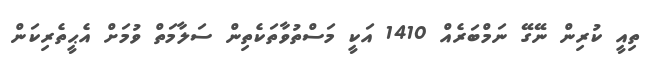
ތިއީ ކުރިން ނޭގޭ ނަމްބަރެއް 1410 އަކީ މަސްތުވާތަކެތިން ސަލާމަތް ވުމަށް އެޙީތެރިކަން